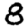
Digit: 8